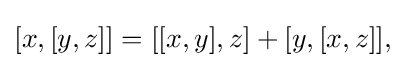
[x,[y,z]]=[[x,y],z]+[y,[x,z]],\